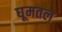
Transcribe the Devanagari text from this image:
घूमतल